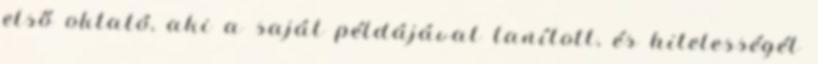
első oktató, aki a saját példájával tanított, és hitelességét